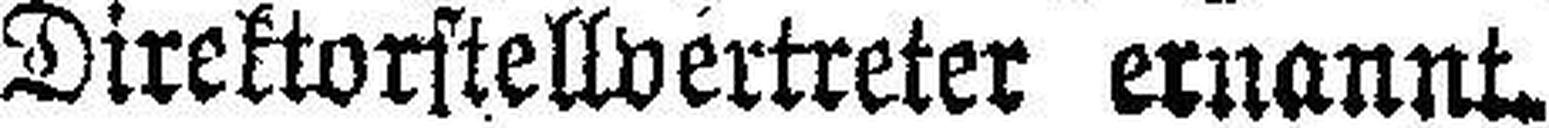
Direktorstellvertreter ernannt.